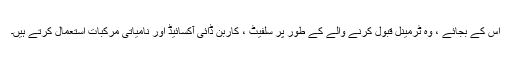
اس کے بجائے ، وہ ٹرمینل قبول کرنے والے کے طور پر سلفیٹ ، کاربن ڈائی آکسائیڈ اور نامیاتی مرکبات استعمال کرتے ہیں۔